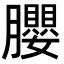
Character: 䑍